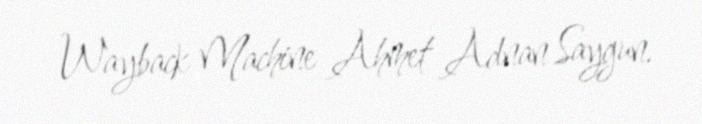
Wayback Machine Ahmet Adnan Saygun.